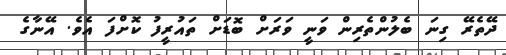
ދޭތެރޭ ގިނަ ބެލުންތެރިން ވަނީ ވަރަށް ބޮޑަށް ތައުރީފު ކޮށްފަ އެވެ. އޭނާގެ